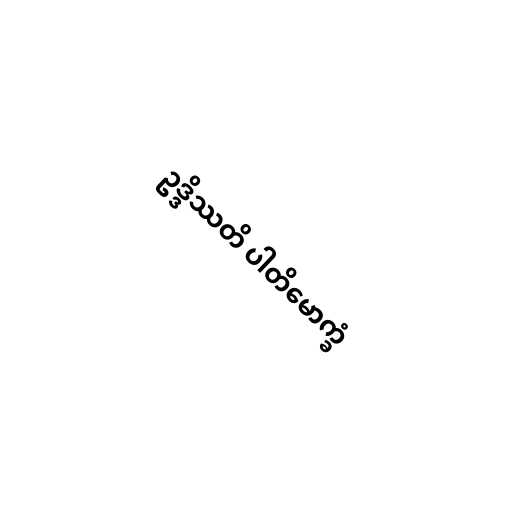
ဥဒ္ဒိဿတိ ပါတိမောက္ခံ